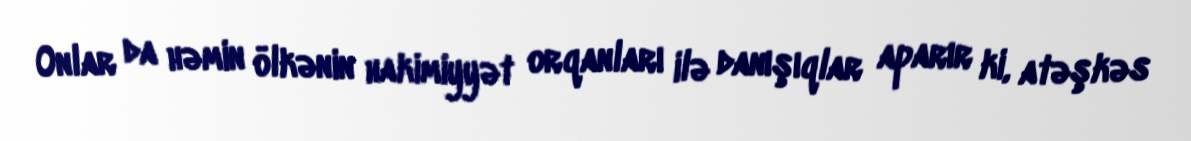
Onlar da həmin ölkənin hakimiyyət orqanları ilə danışıqlar aparır ki, atəşkəs